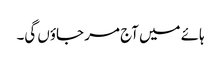
ہائے میں آج مر جاؤں گی۔